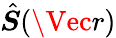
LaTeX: \hat{\boldsymbol{S}}(\Vec{r})